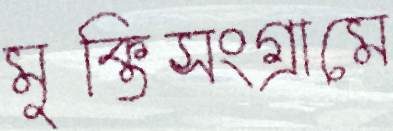
মুক্তিসংগ্রামে